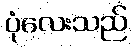
ပုံလေးသည်